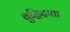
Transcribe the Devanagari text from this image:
बुद्धिदाता